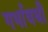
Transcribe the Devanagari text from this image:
गर्भावधी